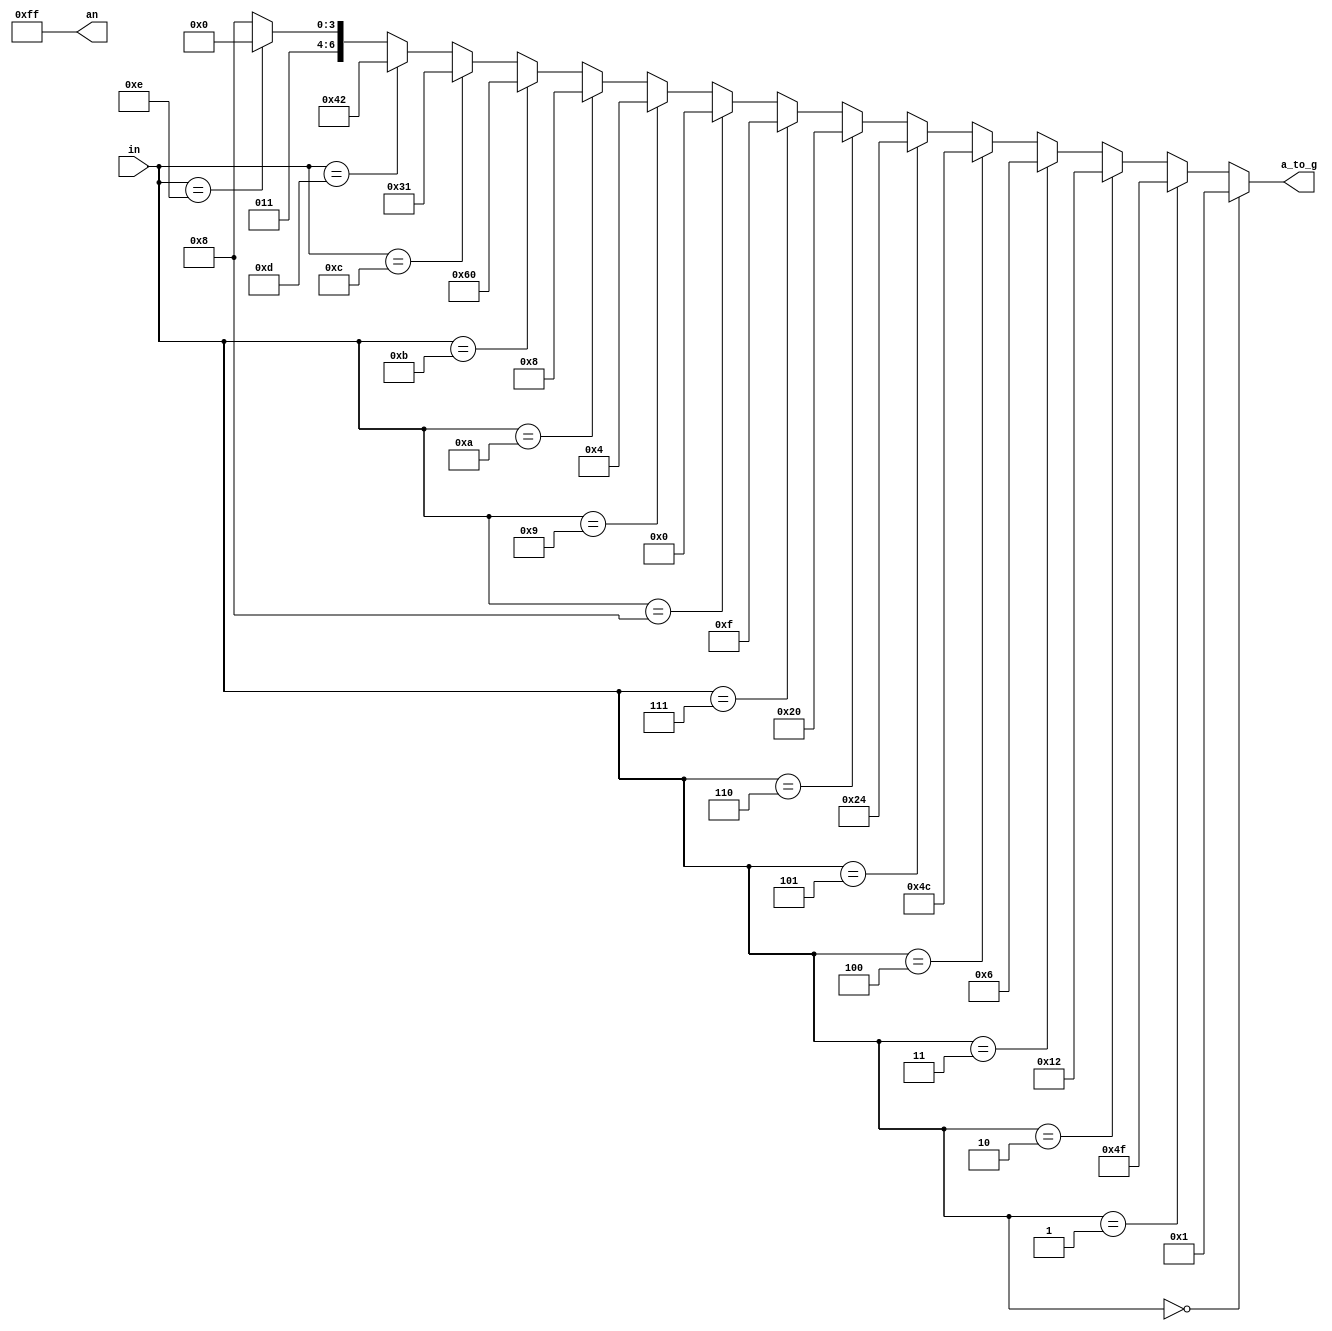
module sieteSegmentos(
    input [3:0] in,
    output [7:0] an,
	 output [6:0] a_to_g
   
    );
	 //Tabla para realizar la decodificacion de hex a 7-seg.
assign a_to_g= (in==0)? 	7'b000_0001:
               (in==1)? 	7'b100_1111:
               (in==2)? 	7'b001_0010:
               (in==3)? 	7'b000_0110:
               (in==4)? 	7'b100_1100:
               (in==5)? 	7'b010_0100:
               (in==6)? 	7'b010_0000:
               (in==7)? 	7'b000_1111:
               (in==8)? 	7'b000_0000:
               (in==9)? 	7'b000_0100:
               (in=='hA)?	7'b000_1000:
               (in=='hB)?	7'b110_0000:
               (in=='hC)?	7'b011_0001:
               (in=='hD)?	7'b100_0010:
               (in=='hE)?	7'b011_0000:
									7'b011_1000;
assign an= 8'b1111_1111;  //se encenderan todos los display.
endmodule